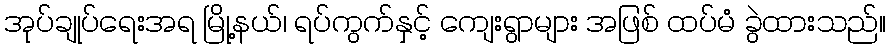
အုပ်ချုပ်ရေးအရ မြို့နယ်၊ ရပ်ကွက်နှင့် ကျေးရွာများ အဖြစ် ထပ်မံ ခွဲထားသည်။